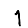
Digit: 1